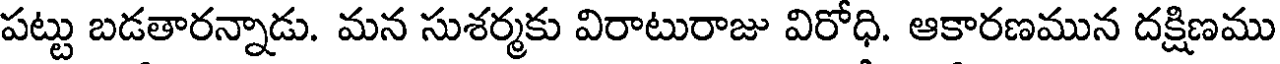
పట్టు బడతారన్నాడు. మన సుశర్మకు విరాటురాజు విరోధి. ఆకారణమున దక్షిణము